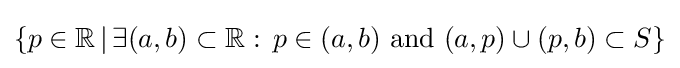
\{p\in \mathbb {R} \,|\,\exists (a,b)\subset \mathbb {R} :\,p\in (a,b){\text{ and }}(a,p)\cup (p,b)\subset S\}